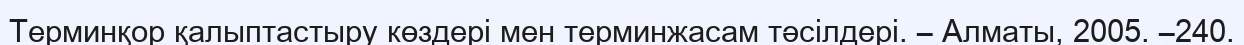
Терминқор қалыптастыру көздері мен терминжасам тәсілдері. – Алматы, 2005. –240.